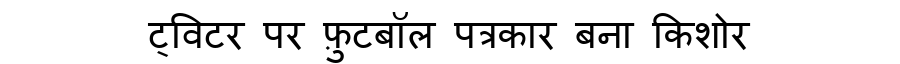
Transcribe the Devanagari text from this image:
ट्विटर पर फ़ुटबॉल पत्रकार बना किशोर